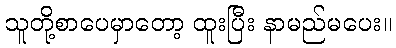
သူတို့စာပေမှာတော့ ထူးပြီး နာမည်မပေး။